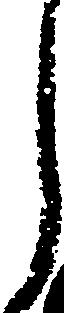
ら